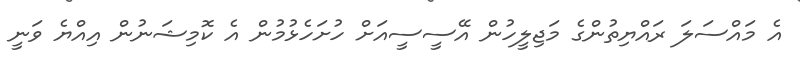
އެ މައްސަލަ ރައްޔިތުންގެ މަޖިލީހުން އޭސީސީއަށް ހުށަހެޅުމުން އެ ކޮމިޝަނުން އިއްޔެ ވަނީ